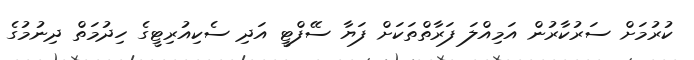
ކުރުމަށް ސަރުކާރުން އަމިއްލަ ފަރާތްތަކަށް ފަޔާ ސޭފްޓީ އަދި ސެކިއުރިޓީގެ ހިދުމަތް ދިނުމުގެ